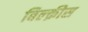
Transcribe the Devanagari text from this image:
बिल्क़ीस